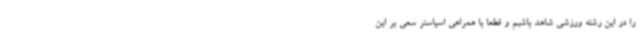
را در این رشته ورزشی شاهد باشیم و قطعا با همراهی اسپاسنر سعی بر این